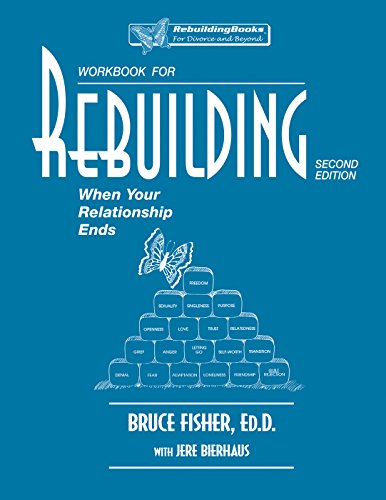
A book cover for Rebuilding Workbook: When Your Relationship Ends (Rebuilding Books); Bruce Fisher; Parenting & Relationships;